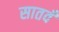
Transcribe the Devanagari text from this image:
सातवँ